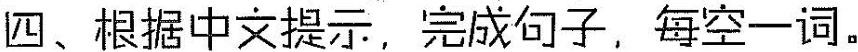
四、根据中文提示，完成句子，每空一词。